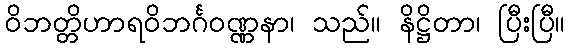
ဝိဘတ္တိဟာရဝိဘင်္ဂဝဏ္ဏနာ၊ သည်။ နိဋ္ဌိတာ၊ ပြီးပြီ။